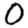
Digit: 0